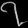
Digit: ၇